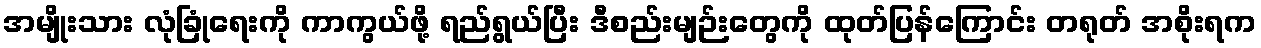
အမျိုးသား လုံခြုံရေးကို ကာကွယ်ဖို့ ရည်ရွယ်ပြီး ဒီစည်းမျဉ်းတွေကို ထုတ်ပြန်ကြောင်း တရုတ် အစိုးရက